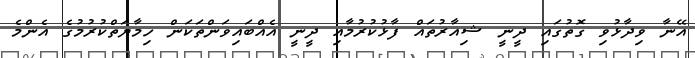
އޭނާ ވިދާޅުވި ގޮތުގައި ދީނީ ޝިއާރުތައް ފާޅުކުރުމާއި ދީނީ އެއްބައިވަންތަކަން ހިމާޔަތްކުރުމުގެ އެންމެ